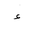
Letter: _hamza